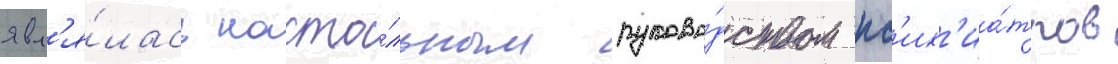
явл'я́лась насто́льным руково́дством пс'их'иа́тров